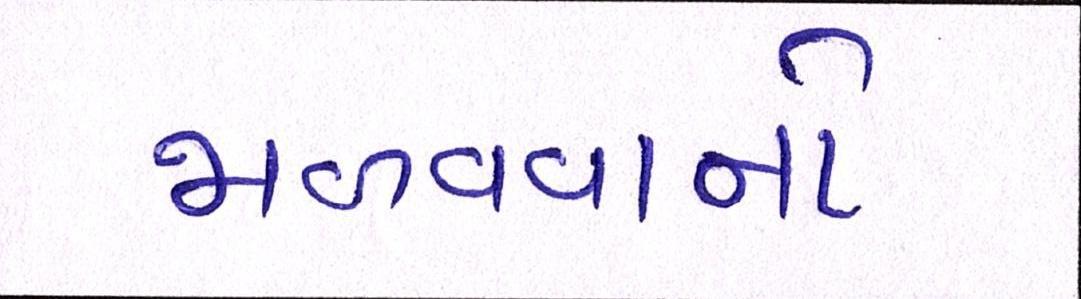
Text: જાળવવાનો